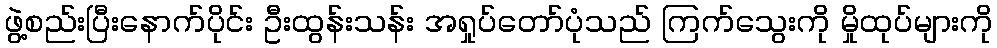
ဖွဲ့စည်းပြီးနောက်ပိုင်း ဦးထွန်းသန်း အရှုပ်တော်ပုံသည် ကြက်သွေးကို မှိုထုပ်များကို